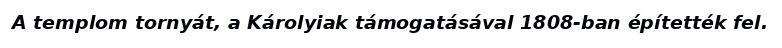
A templom tornyát, a Károlyiak támogatásával 1808-ban építették fel.